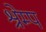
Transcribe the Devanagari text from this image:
श्रेम्प